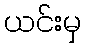
ယင်းမှ